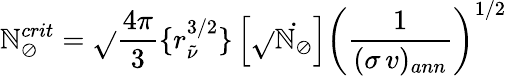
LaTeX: \mathbb{N}_{\oslash}^{crit}=\sqrt{}{{\frac{{4\pi}}{{3}}}}\{ r_{\tilde{{\nu}}}^{3/2}\} \left[\sqrt{}{{\dot{{\mathbb{N}_{\oslash}}}}}\right]\left(\frac{{1}}{{(\sigma\, v)_{ann}}}\right)^{1/2}